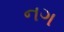
નગ